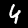
Label: 4